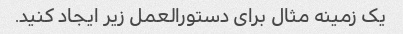
یک زمینه مثال برای دستورالعمل زیر ایجاد کنید.